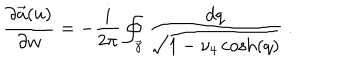
LaTeX: { \frac { \partial \vec { a } ( u ) } { \partial w } } = - { \frac { i } { 2 \pi } } \oint _ { \vec { \gamma } } { \frac { d q } { \sqrt { 1 - \nu _ { 4 } \cosh ( q ) } } } \ .